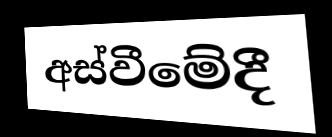
අස්වීමේදී